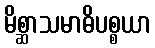
မိစ္ဆာသမာဓိပစ္စယာ